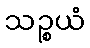
သဉ္စယံ